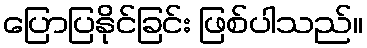
ပြောပြနိုင်ခြင်း ဖြစ်ပါသည်။